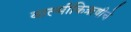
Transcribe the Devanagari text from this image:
वाल्मीकिऋषीचे